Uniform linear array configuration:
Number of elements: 48
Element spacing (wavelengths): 1
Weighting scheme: binomial
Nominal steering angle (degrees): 0
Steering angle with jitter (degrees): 0.8165
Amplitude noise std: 0.05
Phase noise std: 0.05

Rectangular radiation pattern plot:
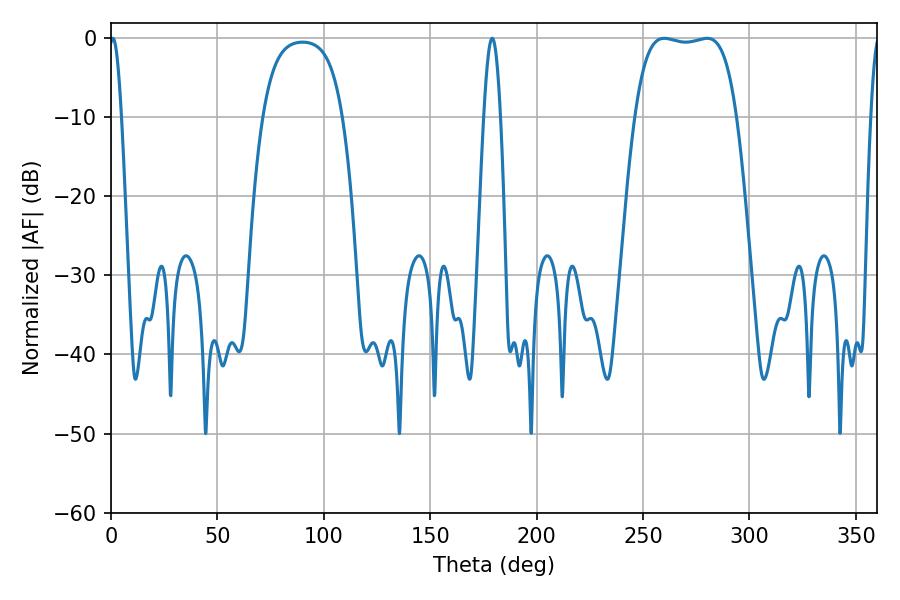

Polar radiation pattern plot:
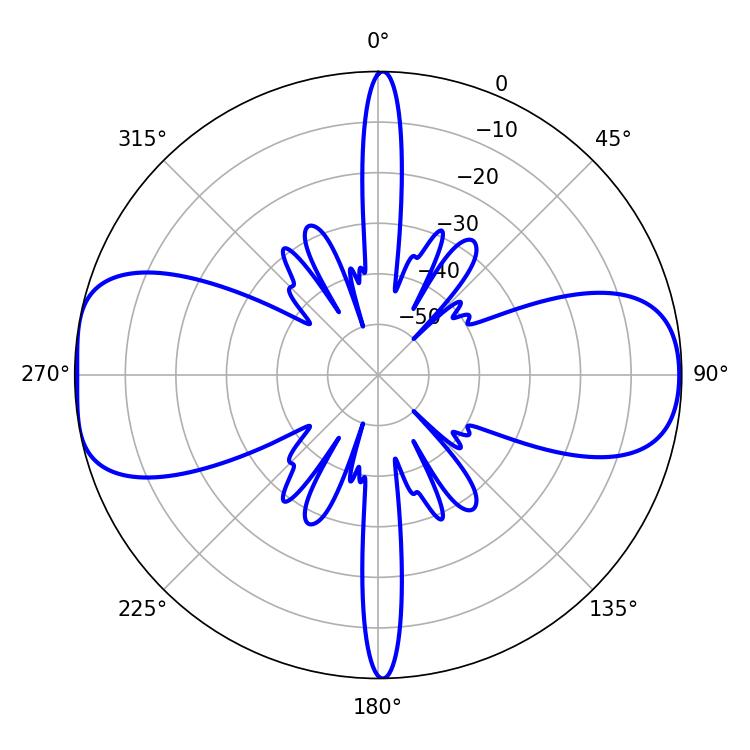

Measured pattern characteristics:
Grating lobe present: TRUE
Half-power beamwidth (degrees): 37.44
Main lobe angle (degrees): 259.92